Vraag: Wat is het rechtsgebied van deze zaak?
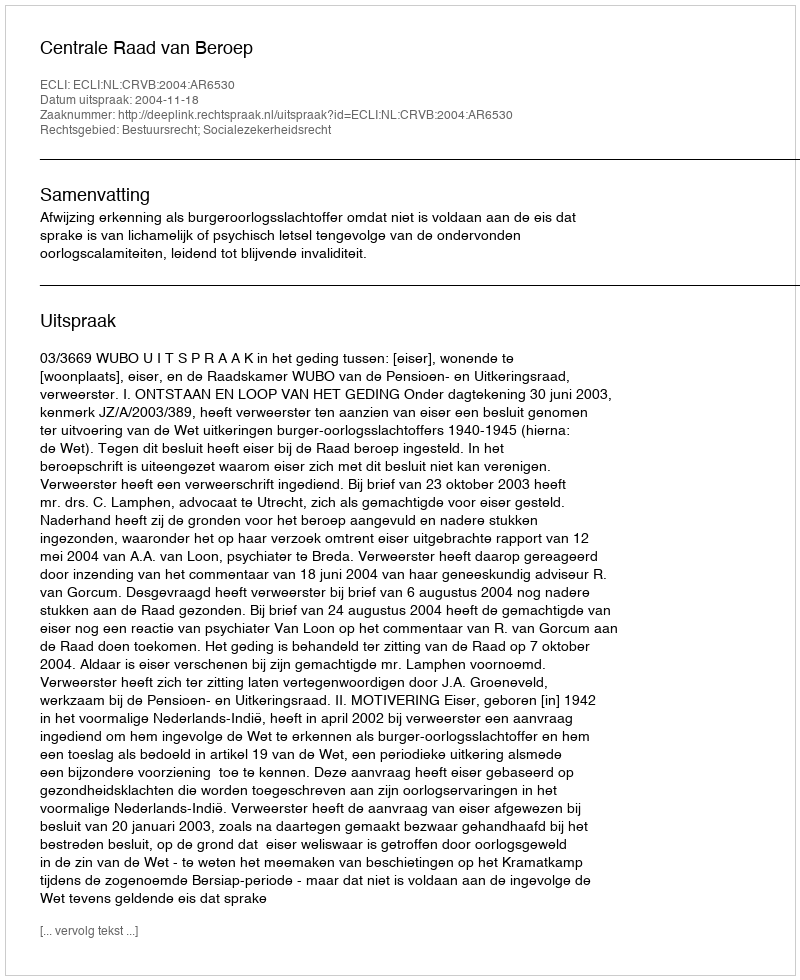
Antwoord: Bestuursrecht; Socialezekerheidsrecht